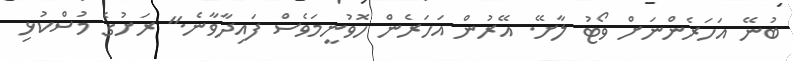
ބުނޭ އަހަރެންނަށް ވޯޓު ލާށޭ. އޭރުން އަހަރެން ހޮވުނީމަވެސް ފައިދާވާނެ." ރަށުގެ މުސްކުޅި